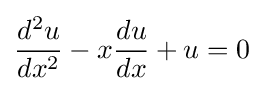
{\frac {d^{2}u}{dx^{2}}}-x{\frac {du}{dx}}+u=0